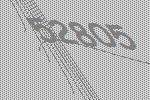
52805